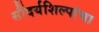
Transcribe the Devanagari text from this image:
सौंदर्यशिल्पांचा